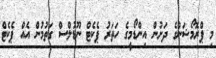
މި ޕްރޮމޯޝަންގެ ދަށުން އިންޑޯމީގެ ހަތަރު ޕެކެޓް ނޫޑުލްސް ގަތުމުން އެއް ޕެކެޓް